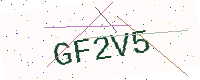
Text: GF2V5